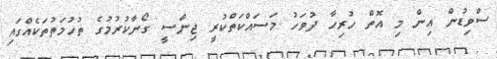
ސްވިޑުން އިން މި އޮތް ހުރިހާ ދުވަހު މަސައްކަތްކުރީ ޖިންސީ ގޯނާކުރުމުގެ ތުހުމަތުތަކެއްގައި